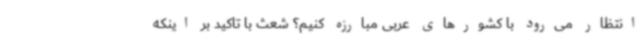
انتظار می‌رود با کشورهای عربی مبارزه کنیم؟ شعث با تاکید بر اینکه